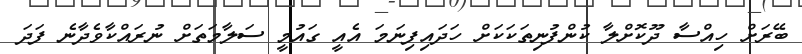
ބޭރަށް ހިއްސާ ދޫކޮށްލާ ކުންފުނިތަކަކަށް ހަދައިފިނަމަ އެއީ ގައުމީ ސަލާމަތަށް ނުރައްކާވެދާނެ ފަދަ